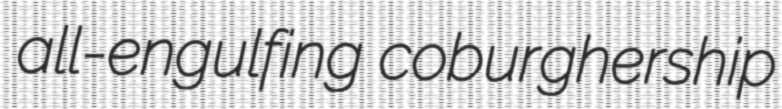
all-engulfing coburghership